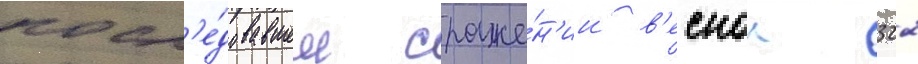
посл'е́довавшем сраже́н'ии в'еснои 322